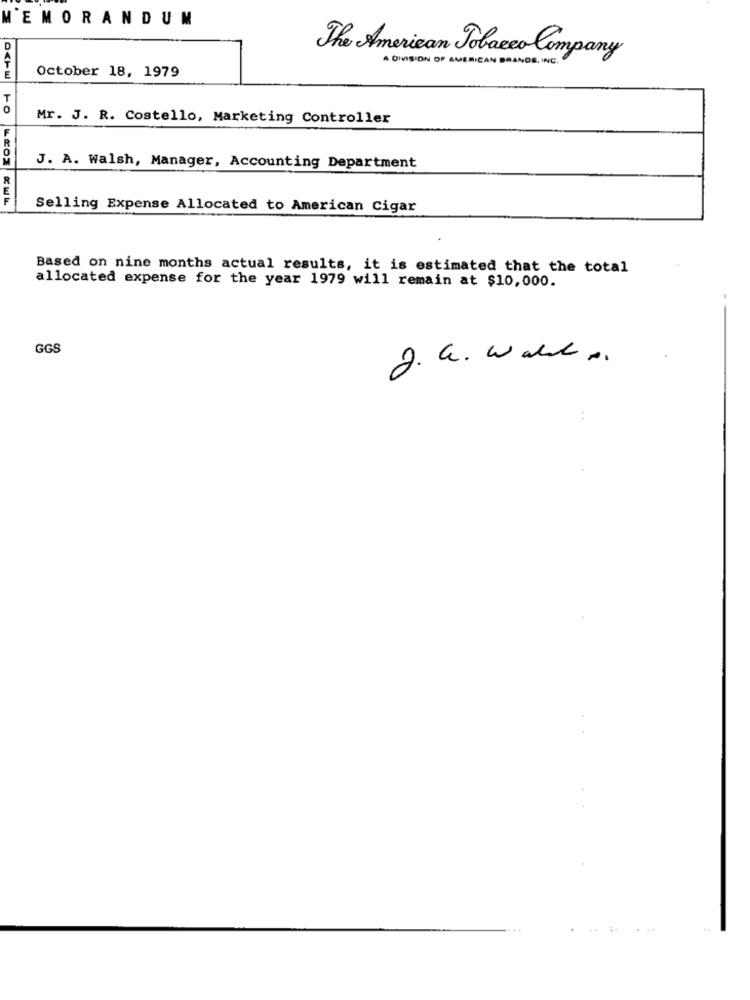
MEMORANDUM
D
The American Tobacco Company
A DIVISION OF AMERICAN BRANDS , INC .
October 18, 1979
E
Mr. J. R. Costello, Marketing Controller
J. A. Walsh, Manager, Accounting Department
Selling Expense Allocated to American Cigar
Based on nine months actual results, it is estimated that the total
allocated expense for the year 1979 will remain at $10,000.
GGS
2. a . Wall ..